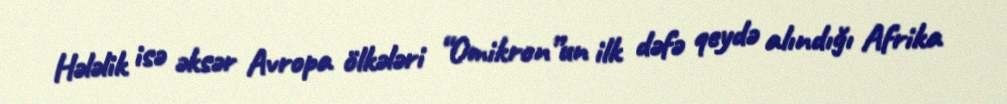
Hələlik isə əksər Avropa ölkələri “Omikron”un ilk dəfə qeydə alındığı Afrika